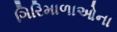
ગિરિમાળાઓના